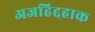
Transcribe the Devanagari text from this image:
अजहिद्दहाक